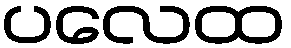
ပလေထ